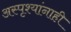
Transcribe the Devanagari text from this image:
अस्पृश्यांनाही